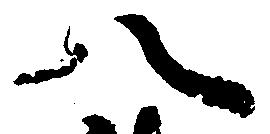
八